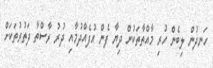
ހަނދުން ލިބެން ހުރި މާއްތާތަކުން ދިޔާ ފެން އުފެއްދުމާއި ދުރު ރާސްތާ ދަތުރުތަކަށް